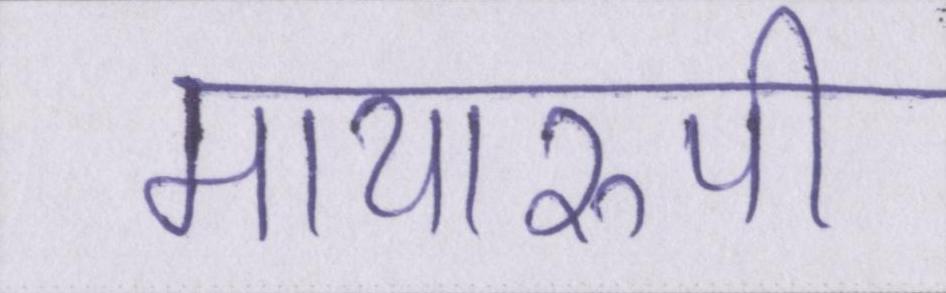
मायारुपी